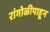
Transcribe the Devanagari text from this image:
रांगोळीपाहून